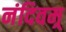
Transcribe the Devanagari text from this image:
नंदिवम्र्